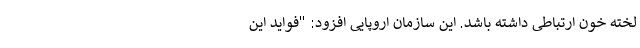
لخته خون ارتباطی داشته باشد. این سازمان اروپایی افزود: "فواید این